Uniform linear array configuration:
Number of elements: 16
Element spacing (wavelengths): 0.25
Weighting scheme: hann
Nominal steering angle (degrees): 0
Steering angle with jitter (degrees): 1.056
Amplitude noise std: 0.05
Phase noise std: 0.05

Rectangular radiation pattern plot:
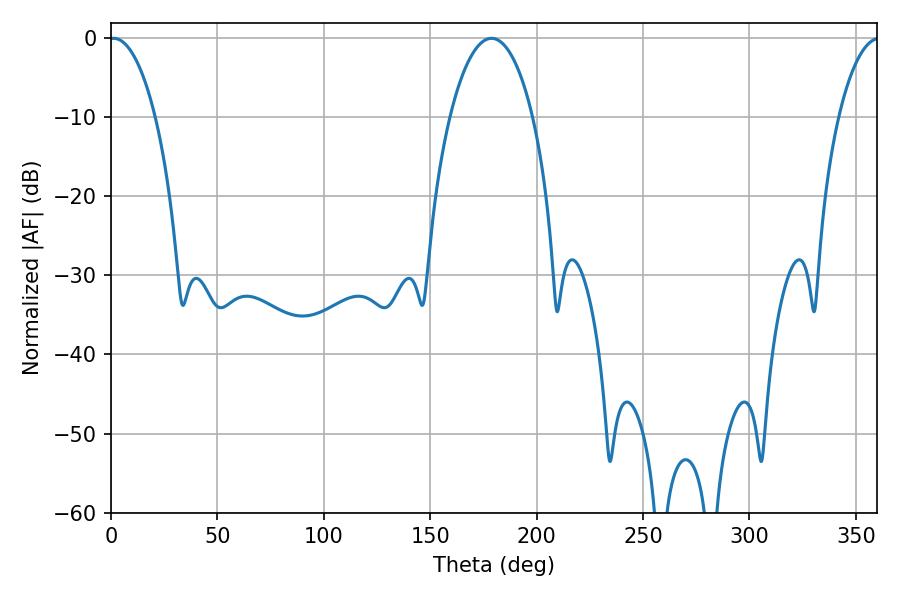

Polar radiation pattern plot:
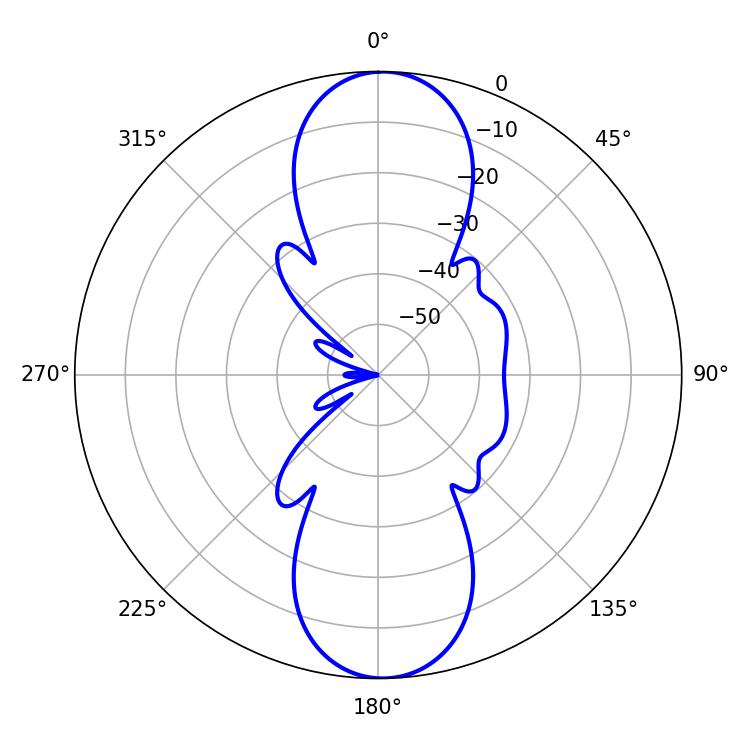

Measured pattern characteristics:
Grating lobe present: FALSE
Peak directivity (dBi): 20.365
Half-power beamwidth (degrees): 12.24
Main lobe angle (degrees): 1.26